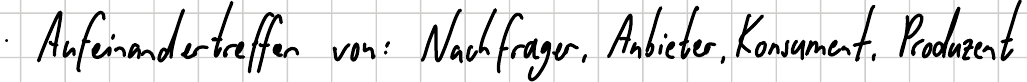
Aufeinandertreffen von: Nachfrager, Anbieter, Konsument, Produzent